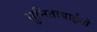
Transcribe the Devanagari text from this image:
सुनिताबाईंनी